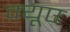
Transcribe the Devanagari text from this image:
क्यूए